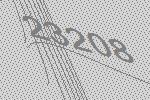
23208